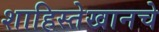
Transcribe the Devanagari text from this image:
शाहिस्तेखानचे